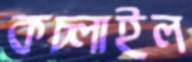
কচ্‌লাইল